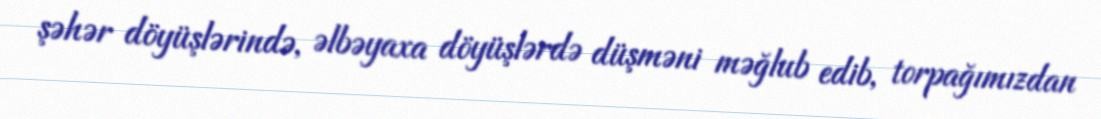
şəhər döyüşlərində, əlbəyaxa döyüşlərdə düşməni məğlub edib, torpağımızdan